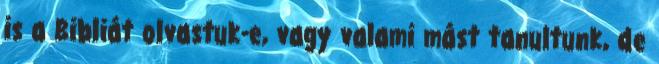
is a Bibliát olvastuk-e, vagy valami mást tanultunk, de